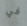
في